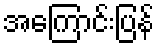
အကြောင်းပြန်